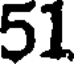
51